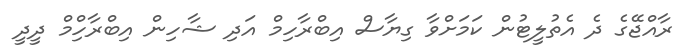
ރާއްޖޭގެ ދެ އެތުލީޓުން ކަމަށްވާ ގިޔާސް އިބްރާހިމް އަދި ޝާހިން އިބްރާހިްމް ދީދީ